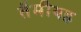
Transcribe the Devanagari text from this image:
तैमीयह